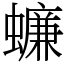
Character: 蠊